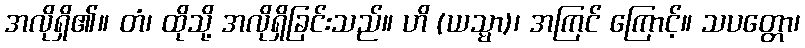
အလိုရှိ၏။ တံ၊ ထိုသို့ အလိုရှိခြင်းသည်။ ဟိ (ယသ္မာ)၊ အကြင် ကြောင့်။ သပတ္တော၊